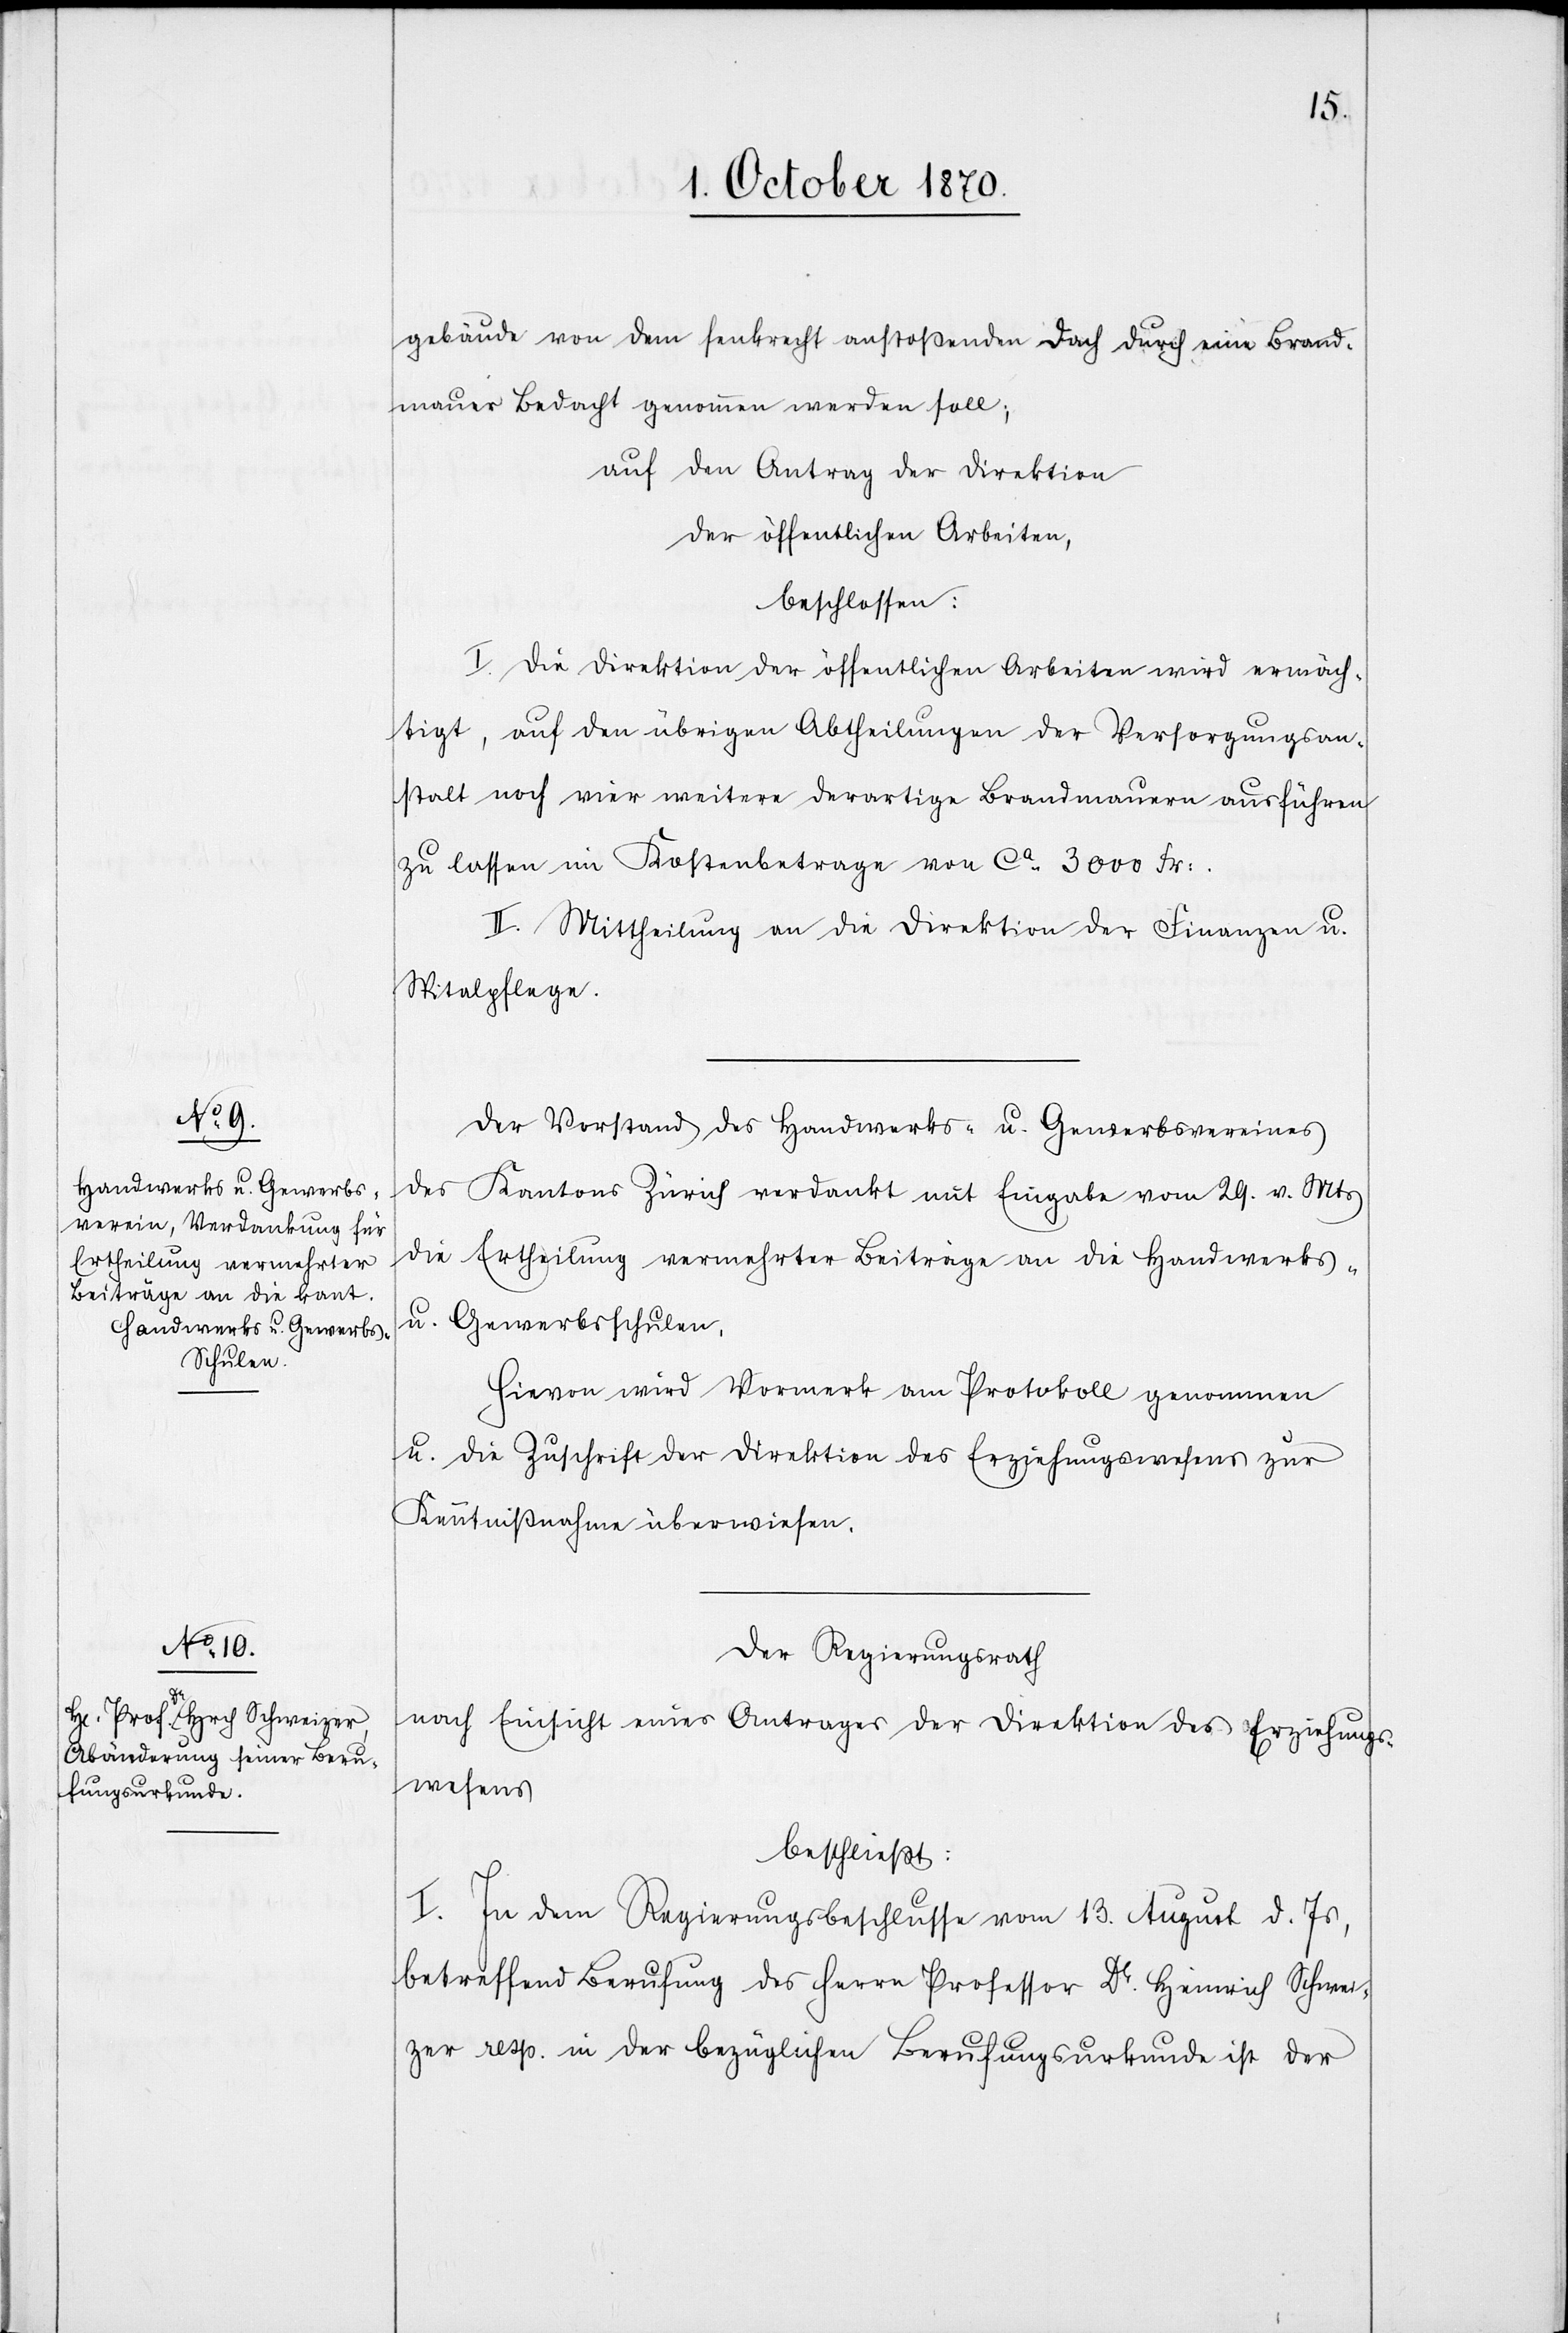
gebäude von dem senkrecht aufstoßenden Dach durch eine Brand¬
mauer Bedacht genommen werden soll;
auf den Antrag der Direktion
der öffentlichen Arbeiten,
beschlossen:
I. Die Direktion der öffentlichen Arbeiten wird ermäch¬
tigt, auf den übrigen Abtheilungen der Versorgungsan¬
stalt noch vier weitere derartige Brandmauern ausführen
zu lassen im Kostenbetrage von ca. 3000 Fr:.
2. Mittheilung an die Direktion der Finanzen u.
Spitalpflege.
Der Vorstand des Handwerks- u. Gewerbevereines
des Kantons Zürich verdankt mit Eingabe vom 29. v. Mts.
die Ertheilung vermehrter Beiträge an die Handwerks-
u. Gewerbeschulen.
Hievon wird Vormerk am Protokoll genommen
u. die Zuschrift der Direktion des Erziehungswesens zur
Kenntnißnahme überwiesen.
Der Regierungsrath
nach Einsicht eines Antrages der Direktion des Erziehungs¬
wesens
beschließt:
I. In dem Regierungsbeschlusse vom 13. August d. Js.,
betreffend Berufung des Herrn Professor Dr. Heinrich Schwei¬
zer resp. in der bezüglichen Berufungsurkunde ist der